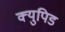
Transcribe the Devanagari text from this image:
क्युपिड